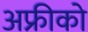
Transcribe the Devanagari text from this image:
अफ्रीको